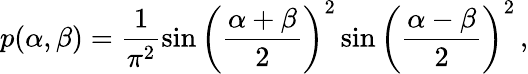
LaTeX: p(\alpha,\beta)=\frac{1}{\pi^{2}}\sin\bigg(\frac{\alpha+\beta}{2}\bigg)^{2}\sin\bigg(\frac{\alpha-\beta}{2}\bigg)^{2}\, ,